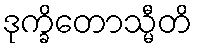
ဒုက္ခိတောသ္မီတိ